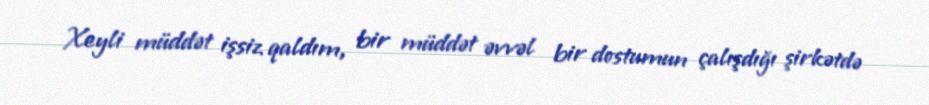
Xeyli müddət işsiz qaldım, bir müddət əvvəl bir dostumun çalışdığı şirkətdə